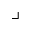
\lrcorner